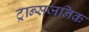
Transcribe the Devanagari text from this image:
ट्रान्सजनिक